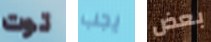
توت يجب بعض